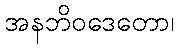
အနဘိဝဒေတော၊